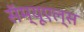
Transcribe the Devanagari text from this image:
सॅम्यूएल्स